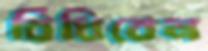
বিঁধিবেন